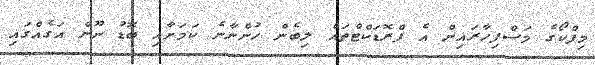
މިފްކޯގެ މަސްފިހާރައިން އެ ޕްރޮޑަކްޓްތައް ލިބެން ހުންނާނެ ކަމަށާއި ބޮޑު ނޫން އަގެއްގައި